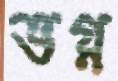
ভগ্ন